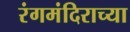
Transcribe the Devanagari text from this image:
रंगमंदिराच्या